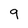
Character: 9